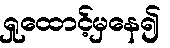
ရှုထောင့်မှနေ၍